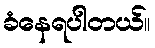
ခံနေရပါတယ်။